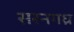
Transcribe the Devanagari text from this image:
सरनगध्र